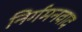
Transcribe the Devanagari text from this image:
निर्गमनवाद